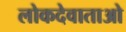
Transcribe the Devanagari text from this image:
लोकदेवाताओ